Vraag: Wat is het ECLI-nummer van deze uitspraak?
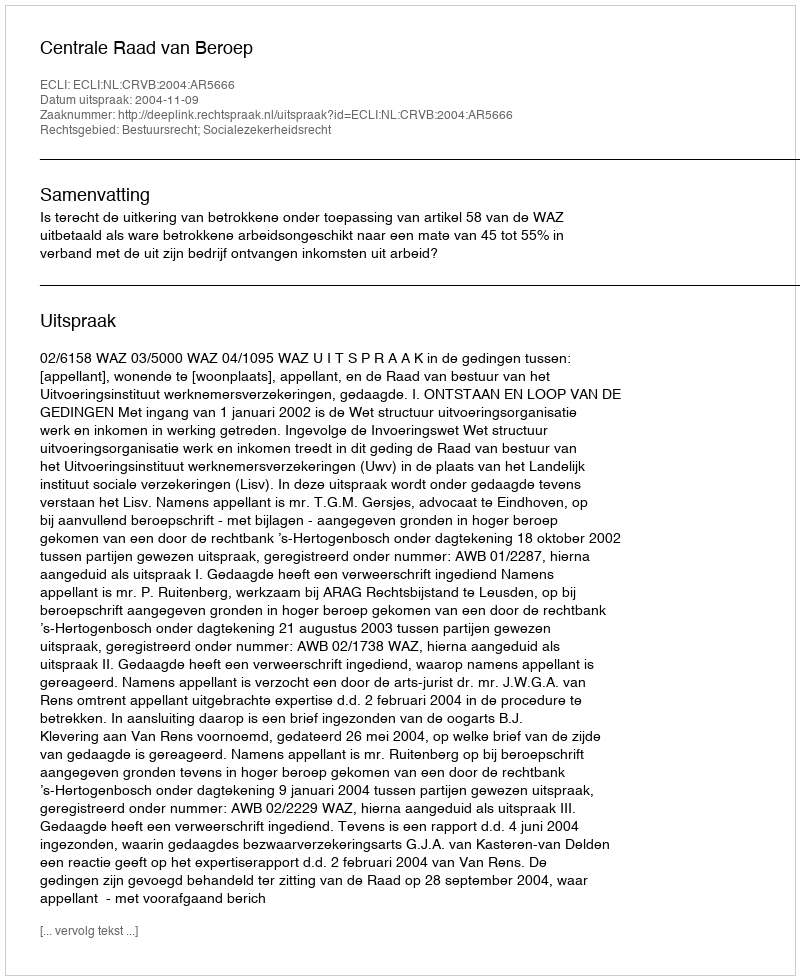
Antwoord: ECLI:NL:CRVB:2004:AR5666